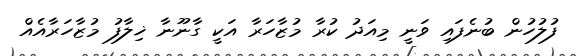
ފުލުުހުން ބުނެފައި ވަނީ މިއަދު ކުރާ މުޒާހަރާ އަކީ ގާނޫނާ ޚިލާފު މުޒާހަރާއެއް